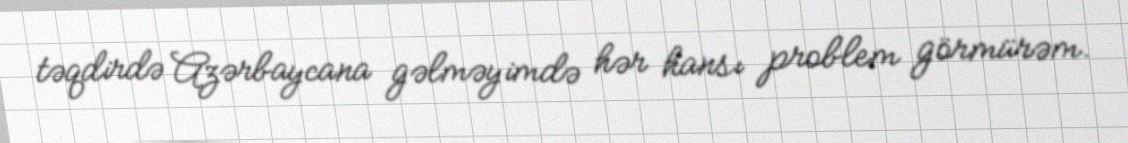
təqdirdə Azərbaycana gəlməyimdə hər hansı problem görmürəm.